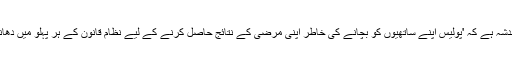
اسامہ خاور کو خدشہ ہے کہ 'پولیس اپنے ساتھیوں کو بچانے کی خاطر اپنی مرضی کے نتائج حاصل کرنے کے لیے نظامِ قانون کے ہر پہلو میں دھاندلی کر رہی ہے۔